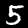
Digit: 5